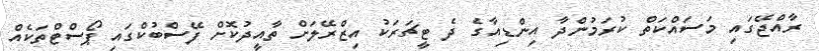
ރާއްޖޭގައި މަސައްކަތް ކުރަމުންދާ އިންޑިއާގެ ދެ ޓީޗަރަކު އިޒްރޭލަށް ތާއީދުކޮށް ފޭސްބުކްގައި ޕޯސްޓްތަކެއް